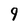
Character: 9